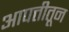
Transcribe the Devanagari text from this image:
आपत्तीतून